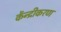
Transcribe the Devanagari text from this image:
केंन्द्रीकरण